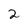
Character: 2